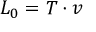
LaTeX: L _ { 0 } = T \cdot v